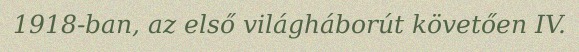
1918-ban, az első világháborút követően IV.